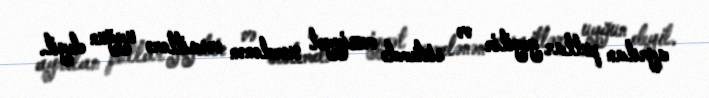
ayrılan pullar yeyilir və sistemdə vəziyyət xərclənən vəsaitlərə uyğun deyil.